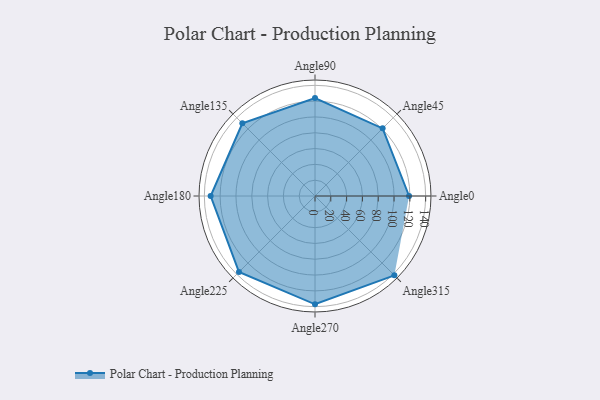
{"axis": {"x": "Angle", "y": "Radius"}, "legend": [""], "data": [{"x": "Angle0", "y": 119.0, "type": ""}, {"x": "Angle45", "y": 121.0, "type": ""}, {"x": "Angle90", "y": 124.0, "type": ""}, {"x": "Angle135", "y": 130.0, "type": ""}, {"x": "Angle180", "y": 132.0, "type": ""}, {"x": "Angle225", "y": 136.0, "type": ""}, {"x": "Angle270", "y": 137.0, "type": ""}, {"x": "Angle315", "y": 142.0, "type": ""}]}